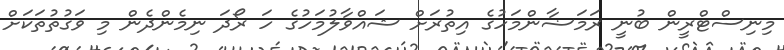
މިނިސްޓްރީން ބުނީ ރަމަޟާންމަހުގެ އިތުރަށް ޝައްވާލުމަހުގެ ހަ ރޯދަ ނިމެންދެން މި ވަގުތުތަކަށް